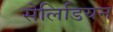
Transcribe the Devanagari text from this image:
सेलिडियन